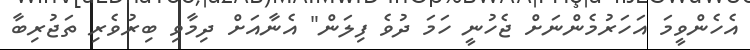
އެހެންވީމަ އަހަރުމެންނަށް ޖެހުނީ ހަމަ ދުވެ ފިލަން" އެނާއަށް ދިމާވި ބިރުވެރި ތަޖުރިބާ